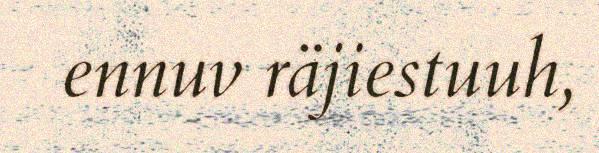
ennuv räjiestuuh,